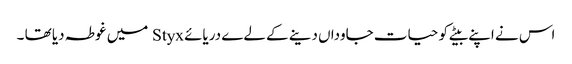
اس نے اپنے بیٹے کو حیات جاوداں دینے کے لےے دریائے Styx میں غوطہ دیا تھا ۔